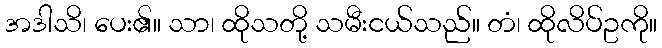
အဒါသိ၊ ပေး၏။ သာ၊ ထိုသတို့ သမီးငယ်သည်။ တံ၊ ထိုလိပ်ဥကို။